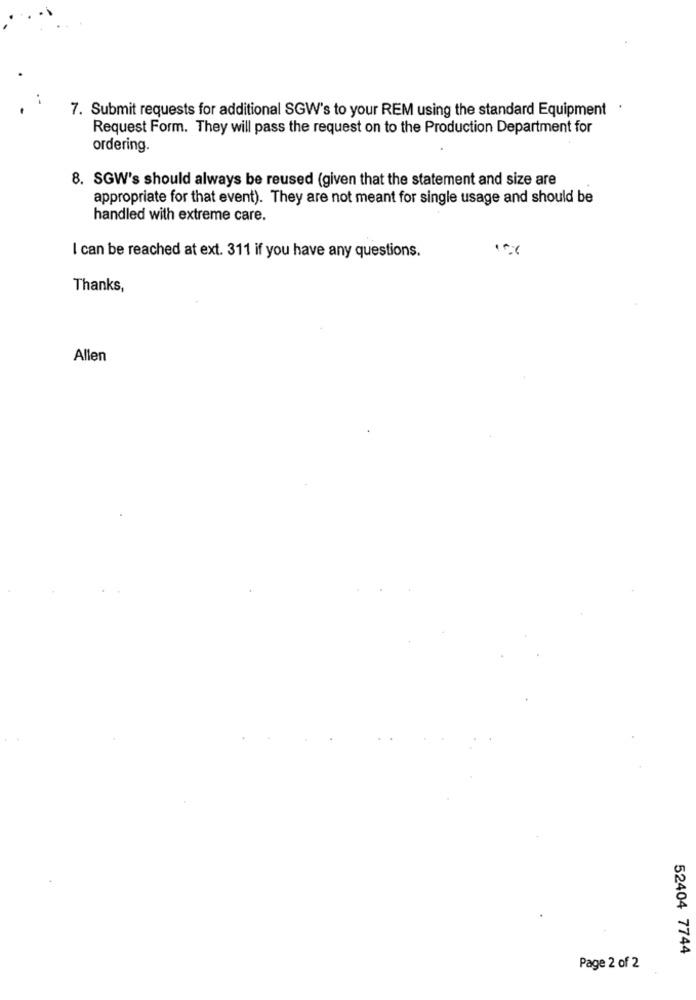
7. Submit requests for additional SGW's to your REM using the standard Equipment
Request Form. They will pass the request on to the Production Department for
ordering.
8. SGW's should always be reused (given that the statement and size are
appropriate for that event). They are not meant for single usage and should be
handled with extreme care.
I can be reached at ext. 311 if you have any questions.
Thanks,
Allen
52404 7744
Page 2 of 2